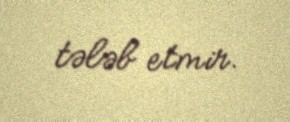
tələb etmir.